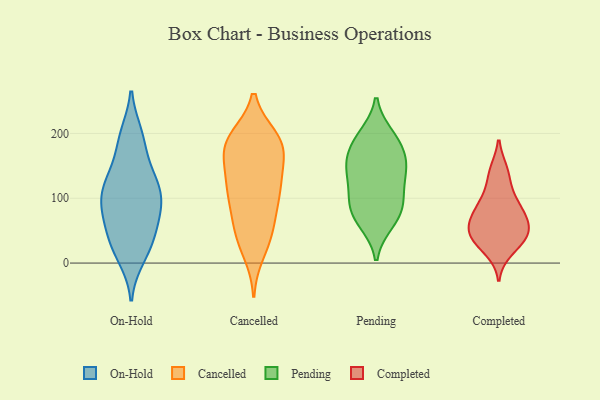
{"axis": {"x": "Energy Usage (MWh)", "y": "Value"}, "legend": ["Cancelled", "Completed", "On-Hold", "Pending"], "data": [{"x": "", "y": 29, "type": "On-Hold"}, {"x": "", "y": 144, "type": "On-Hold"}, {"x": "", "y": 18, "type": "On-Hold"}, {"x": "", "y": 34, "type": "On-Hold"}, {"x": "", "y": 128, "type": "On-Hold"}, {"x": "", "y": 95, "type": "On-Hold"}, {"x": "", "y": 71, "type": "On-Hold"}, {"x": "", "y": 197, "type": "On-Hold"}, {"x": "", "y": 107, "type": "On-Hold"}, {"x": "", "y": 91, "type": "On-Hold"}, {"x": "", "y": 110, "type": "On-Hold"}, {"x": "", "y": 134, "type": "On-Hold"}, {"x": "", "y": 187, "type": "On-Hold"}, {"x": "", "y": 114, "type": "On-Hold"}, {"x": "", "y": 194, "type": "On-Hold"}, {"x": "", "y": 81, "type": "On-Hold"}, {"x": "", "y": 10, "type": "On-Hold"}, {"x": "", "y": 66, "type": "On-Hold"}, {"x": "", "y": 46, "type": "On-Hold"}, {"x": "", "y": 187, "type": "Cancelled"}, {"x": "", "y": 187, "type": "Cancelled"}, {"x": "", "y": 189, "type": "Cancelled"}, {"x": "", "y": 185, "type": "Cancelled"}, {"x": "", "y": 51, "type": "Cancelled"}, {"x": "", "y": 125, "type": "Cancelled"}, {"x": "", "y": 61, "type": "Cancelled"}, {"x": "", "y": 97, "type": "Cancelled"}, {"x": "", "y": 49, "type": "Cancelled"}, {"x": "", "y": 175, "type": "Cancelled"}, {"x": "", "y": 193, "type": "Cancelled"}, {"x": "", "y": 181, "type": "Cancelled"}, {"x": "", "y": 16, "type": "Cancelled"}, {"x": "", "y": 32, "type": "Cancelled"}, {"x": "", "y": 153, "type": "Cancelled"}, {"x": "", "y": 92, "type": "Cancelled"}, {"x": "", "y": 108, "type": "Cancelled"}, {"x": "", "y": 128, "type": "Cancelled"}, {"x": "", "y": 141, "type": "Cancelled"}, {"x": "", "y": 108, "type": "Cancelled"}, {"x": "", "y": 69, "type": "Pending"}, {"x": "", "y": 196, "type": "Pending"}, {"x": "", "y": 117, "type": "Pending"}, {"x": "", "y": 87, "type": "Pending"}, {"x": "", "y": 84, "type": "Pending"}, {"x": "", "y": 63, "type": "Pending"}, {"x": "", "y": 151, "type": "Pending"}, {"x": "", "y": 104, "type": "Pending"}, {"x": "", "y": 185, "type": "Pending"}, {"x": "", "y": 155, "type": "Pending"}, {"x": "", "y": 142, "type": "Pending"}, {"x": "", "y": 150, "type": "Pending"}, {"x": "", "y": 189, "type": "Pending"}, {"x": "", "y": 68, "type": "Completed"}, {"x": "", "y": 85, "type": "Completed"}, {"x": "", "y": 106, "type": "Completed"}, {"x": "", "y": 20, "type": "Completed"}, {"x": "", "y": 142, "type": "Completed"}, {"x": "", "y": 91, "type": "Completed"}, {"x": "", "y": 33, "type": "Completed"}, {"x": "", "y": 58, "type": "Completed"}, {"x": "", "y": 50, "type": "Completed"}, {"x": "", "y": 38, "type": "Completed"}, {"x": "", "y": 76, "type": "Completed"}, {"x": "", "y": 51, "type": "Completed"}, {"x": "", "y": 138, "type": "Completed"}, {"x": "", "y": 40, "type": "Completed"}]}